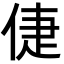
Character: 倢